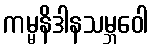
ကမ္မနိဒါနသမ္ဘဝေါ